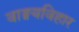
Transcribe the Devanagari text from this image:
वाङ्मयविहार